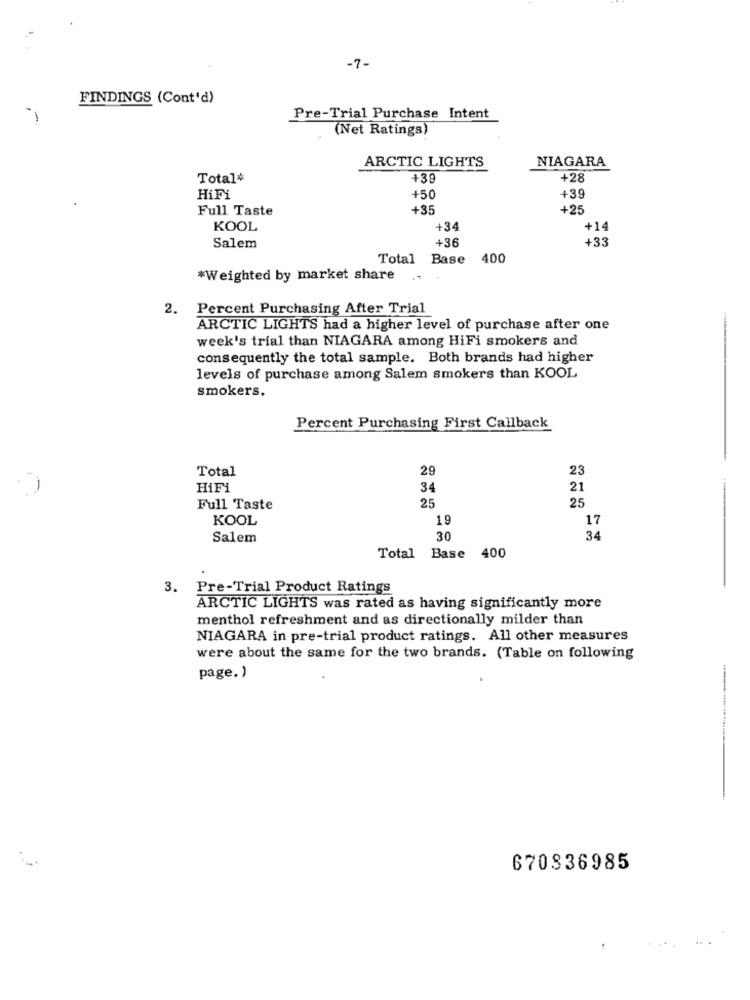
-7-
FINDINGS (Cont'd)
Pre-Trial Purchase Intent
(Net Ratings)
ARCTIC LIGHTS
NIAGARA
Total#
+28
HiFi
+50
+39
Full Taste
+35
+25
KOOL
+34
+14
+36
+33
Salem
Total Base 400
*Weighted by market share ..
2. Percent Purchasing After Trial
ARCTIC LIGHTS had a higher level of purchase after one
week's trial than NIAGARA among HiFi smokers and
consequently the total sample. Both brands had higher
levels of purchase among Salem smokers than KOOL
smokers.
Percent Purchasing First Callback
Total
29
23
HiFi
34
21
25
Full Taste
25
KOOL
19
17
Salem
30
34
Total Base 400
3.
Pre-Trial Product Ratings
ARCTIC LIGHTS was rated as having significantly more
menthol refreshment and as directionally milder than
NIAGARA in pre-trial product ratings. All other measures
were about the same for the two brands. (Table on following
page. )
670836985